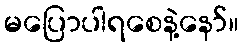
မပြောပါရစေနဲ့နော်။